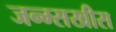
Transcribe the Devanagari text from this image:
जन्म्सखीस